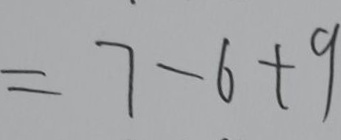
= 7 - 6 + 9